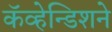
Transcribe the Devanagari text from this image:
कॅव्हेन्डिशने